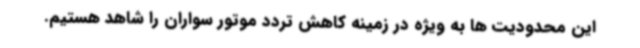
این محدودیت ها به ویژه در زمینه کاهش تردد موتور سواران را شاهد هستیم.